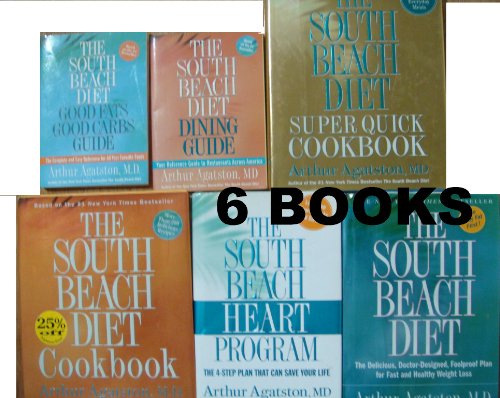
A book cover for South Beach Diet 6 Book Set : The South Beach Diet/the South Beach Diet Cookbook/the South Beach Heart Program / the South Beach Diet Super Quick Cookbook/ the South Beach Diet Dining Guide/ the South Beach Diet Good Fats Good Carbs Guide; Arthur Agatston; Health, Fitness & Dieting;